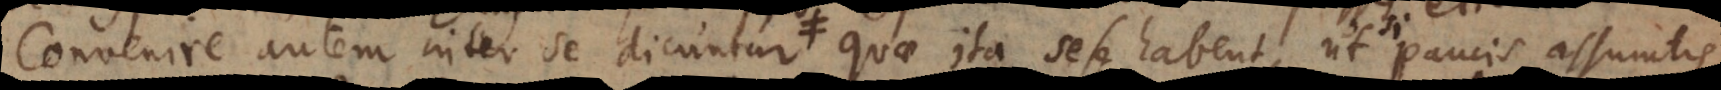
autem inter se dicuntur L quae ita sese habent, ut paucis assumtis